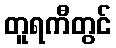
တူရကီတွင်